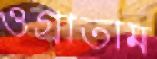
ওগ্‌রাতাম